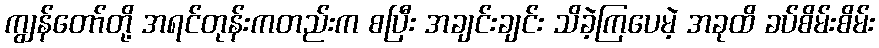
ကျွန်တော်တို့ အရင်တုန်းကတည်းက စပြီး အချင်းချင်း သိခဲ့ကြပေမဲ့ အခုထိ ခပ်စိမ်းစိမ်း